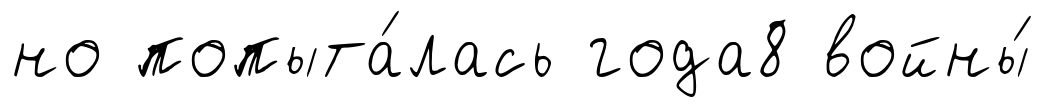
но попыта́лась года8 войны́